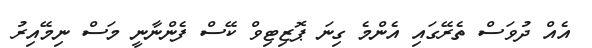
އެއް ދުވަސް ތެރޭގައި އެންމެ ގިނަ ޕޮޒިޓިވް ކޭސް ފެންނާނީ މަސް ނިމޭއިރު